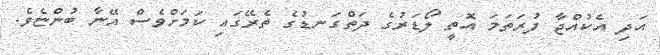
އަދި އެކުއްޖާ ފުރަތަމަ އޮތީ ލޯޑަރުގެ ދަތްގަނޑުގެ ތެރޭގައި ކަމަށްވެސް އޭނާ ބުންޏެވެ.